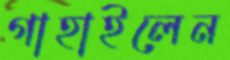
গাহাইলেন